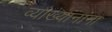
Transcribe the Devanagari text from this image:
व्याख्यानांना